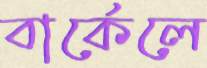
বার্কেলে